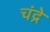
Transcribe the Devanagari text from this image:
चंद्रे